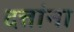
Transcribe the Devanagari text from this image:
दत्तांना